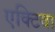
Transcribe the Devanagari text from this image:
एक्टिवा